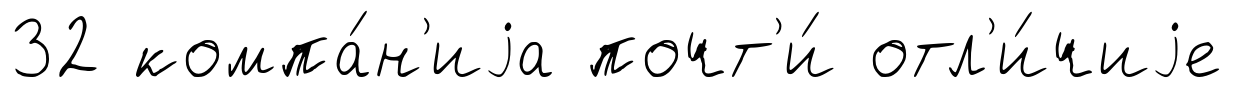
32 компа́н'иjа почт'и́ отл'и́чиjе